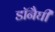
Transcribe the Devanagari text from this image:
डॉनैघी